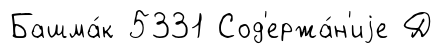
Башма́к 5331 Сод'ержа́н'иjе Д